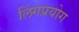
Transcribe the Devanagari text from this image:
लिंगप्रयोग